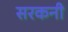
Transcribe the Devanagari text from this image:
सरकनी